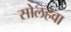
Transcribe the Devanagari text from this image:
सोलहवा